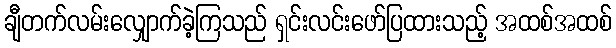
ချီတက်လမ်းလျှောက်ခဲ့ကြသည် ရှင်းလင်းဖော်ပြထားသည့် အထစ်အထစ်